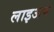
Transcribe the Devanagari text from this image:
लाइअप